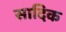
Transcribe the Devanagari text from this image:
सादिक